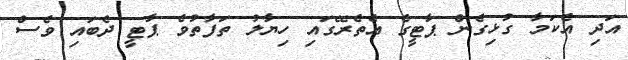
އަދި އެކަމާ ގުޅިގެން ޕާޓީގެ އެތެރޭގައި ހިޔާލު ތަފާތުވެ ޕާޓީ ދެބައި ވެސް